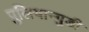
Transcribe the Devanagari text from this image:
पुलियान्गुडी